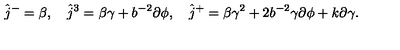
\hat { j } ^ { - } = \beta , \quad \hat { j } ^ { 3 } = \beta \gamma + b ^ { - 2 } \partial \phi , \quad \hat { j } ^ { + } = \beta \gamma ^ { 2 } + 2 b ^ { - 2 } \gamma \partial \phi + k \partial \gamma .